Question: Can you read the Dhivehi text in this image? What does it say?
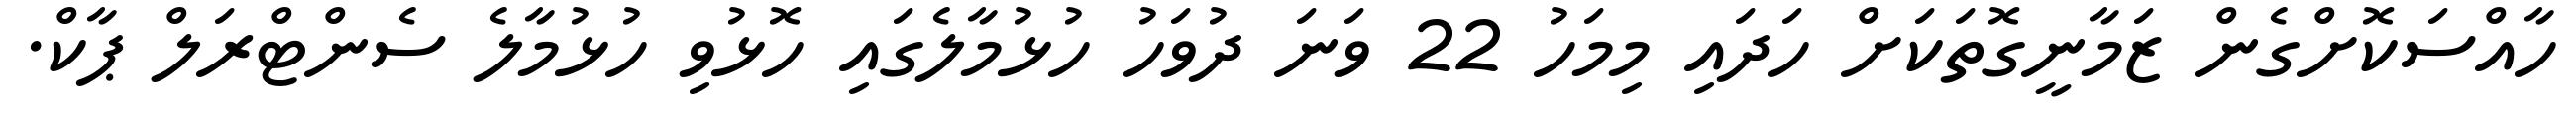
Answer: ހާއްސަކޮށްގެން ޒަމާނީގޮތަކަށް ހަދައި މިމަހު 22 ވަނަ ދުވަހު ހުޅުމާލެގައި ހޮޅުވި ހުޅުމާލެ ސެންޓްރަލް ޕާކް.